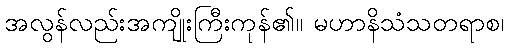
အလွန်လည်းအကျိုးကြီးကုန်၏။ မဟာနိသံသတရာစ၊